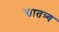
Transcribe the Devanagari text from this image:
स्वातत्र्य